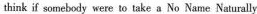
think if somebody were to takc a No Name Naturally